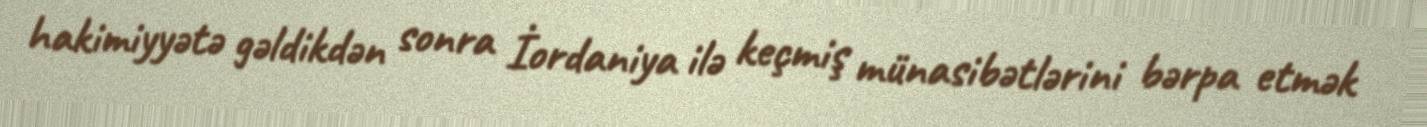
hakimiyyətə gəldikdən sonra İordaniya ilə keçmiş münasibətlərini bərpa etmək